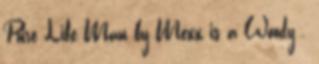
Pure Life Man by Mexx is a Woody .